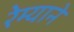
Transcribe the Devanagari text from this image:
रेम्याने